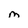
Character: m